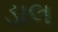
ડાલ